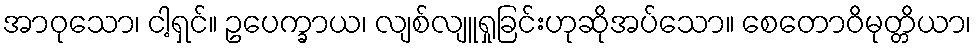
အာဝုသော၊ ငါ့ရှင်။ ဥပေက္ခာယ၊ လျစ်လျူရှုခြင်းဟုဆိုအပ်သော။ စေတောဝိမုတ္တိယာ၊